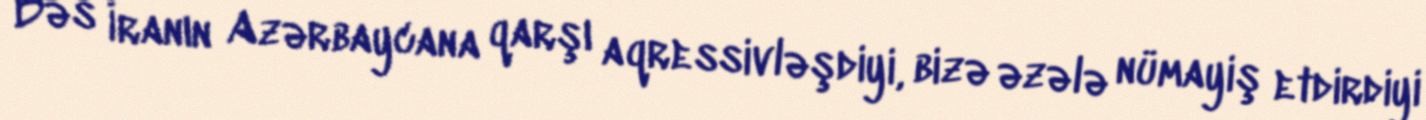
Bəs İranın Azərbaycana qarşı aqressivləşdiyi, bizə əzələ nümayiş etdirdiyi